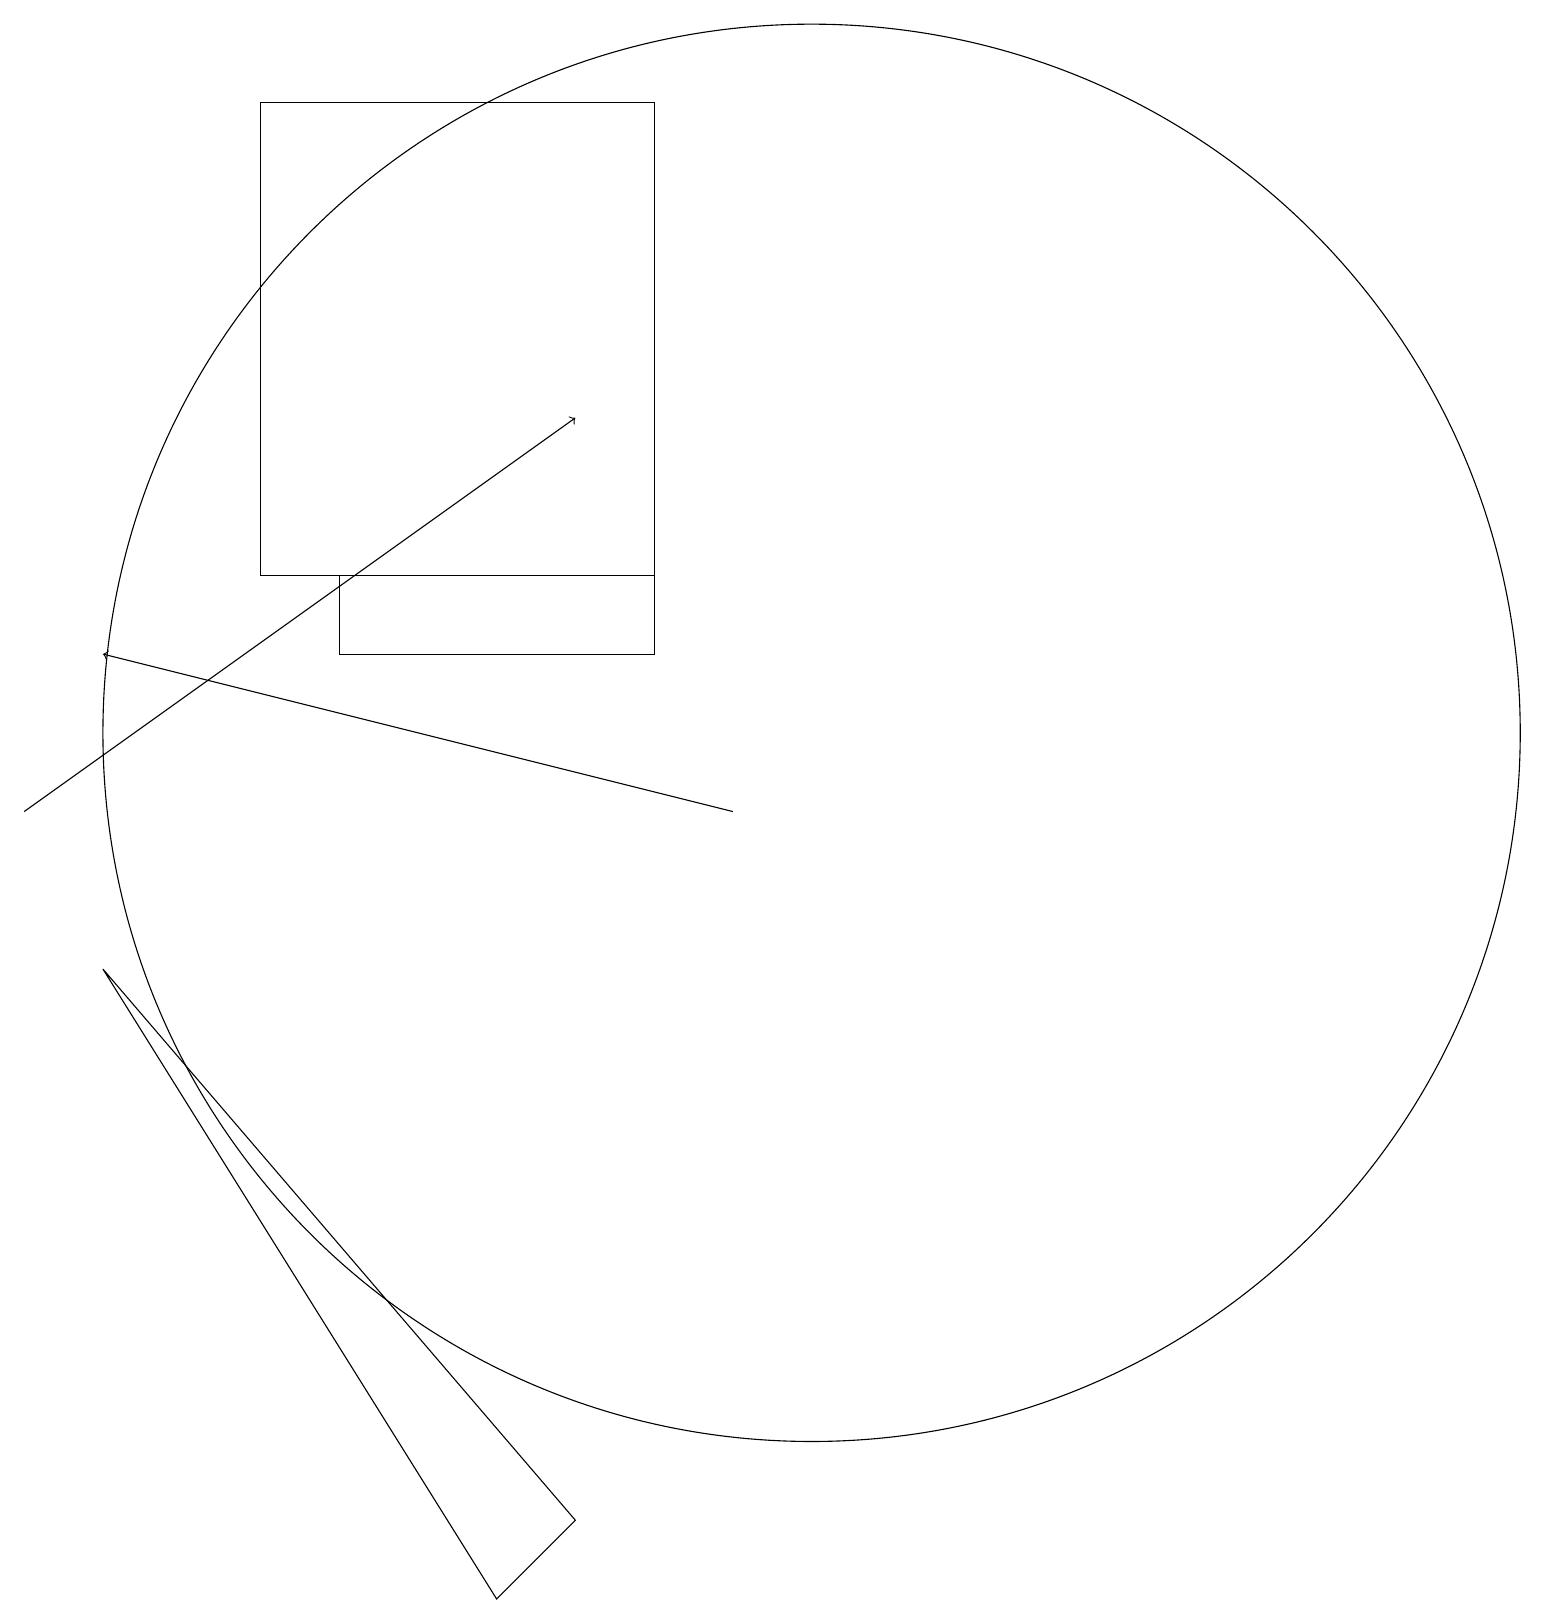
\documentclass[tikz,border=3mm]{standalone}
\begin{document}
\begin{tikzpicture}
\draw (3,19) rectangle (8,13);
\draw[->] (9,10) -- (1,12);
\draw (7,1) -- (1,8) -- (6,0) -- cycle;
\draw (10,11) circle (9);
\draw[->] (0,10) -- (7,15);
\draw (8,12) rectangle (4,13);
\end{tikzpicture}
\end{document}